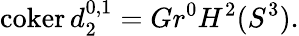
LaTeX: \operatorname{coker}d_{2}^{0,1}=Gr^{0}H^{2}(S^{3}).